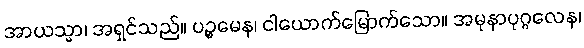
အာယသ္မာ၊ အရှင်သည်။ ပဉ္စမေန၊ ငါယောက်မြောက်သော။ အမုနာပုဂ္ဂလေန၊